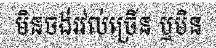
មិនចង់រវល់ច្រើន ឬមិន